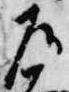
左